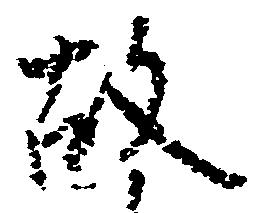
故